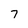
Character: 7